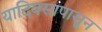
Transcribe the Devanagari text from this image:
यादिवसापासून